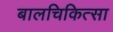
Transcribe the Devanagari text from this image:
बालचिकित्सा